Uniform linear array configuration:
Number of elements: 12
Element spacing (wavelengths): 0.5
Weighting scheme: uniform
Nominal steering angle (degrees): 60
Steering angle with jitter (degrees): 59.497
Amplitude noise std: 0.05
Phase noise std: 0.05

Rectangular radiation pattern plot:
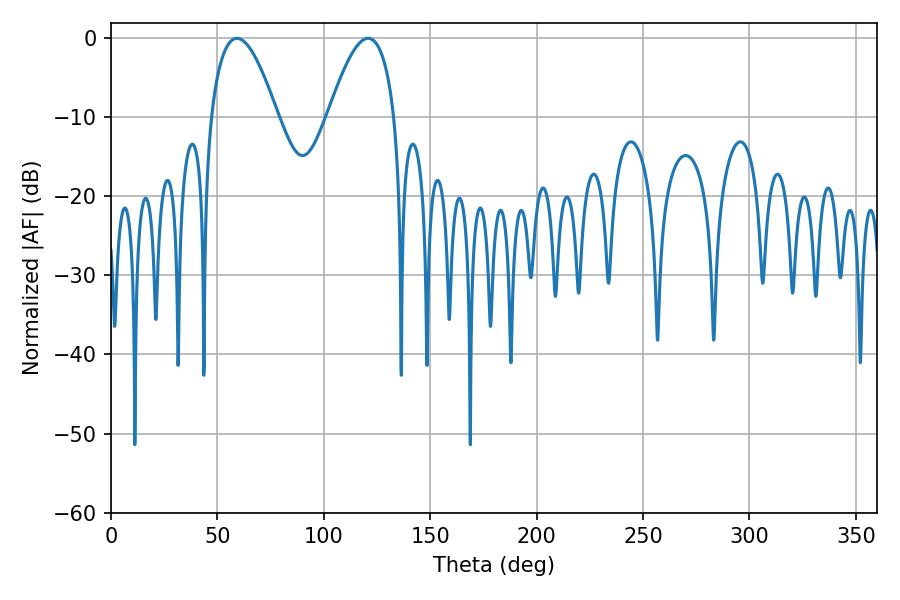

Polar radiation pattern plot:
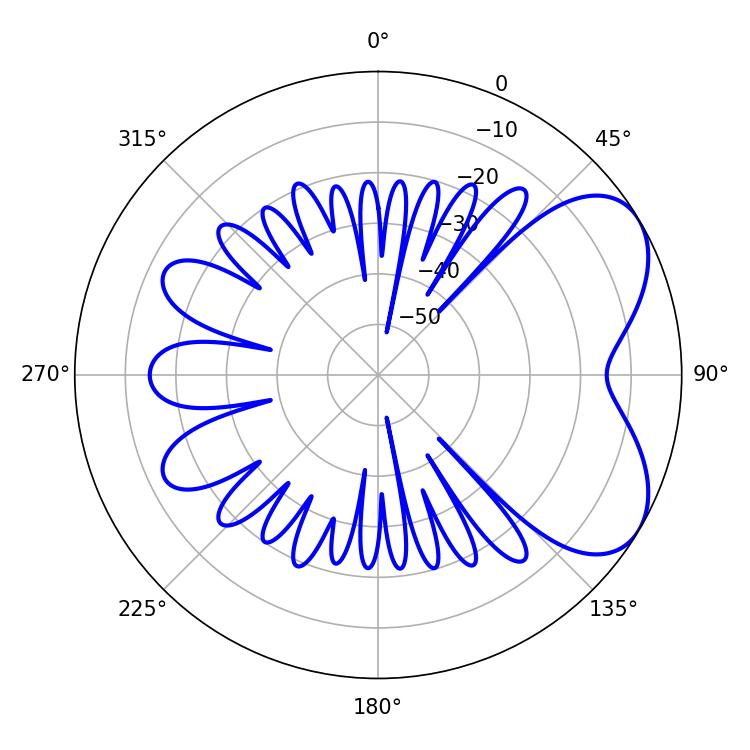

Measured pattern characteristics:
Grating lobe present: FALSE
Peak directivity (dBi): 5.656
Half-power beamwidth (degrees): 17.28
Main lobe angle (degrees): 59.22